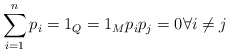
\begin{align*}\sum_{i=1}^n p_{i}=1_{Q}=1_{M} p_i p_j = 0 \forall i \neq j\end{align*}